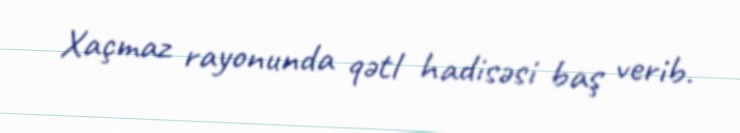
Xaçmaz rayonunda qətl hadisəsi baş verib.